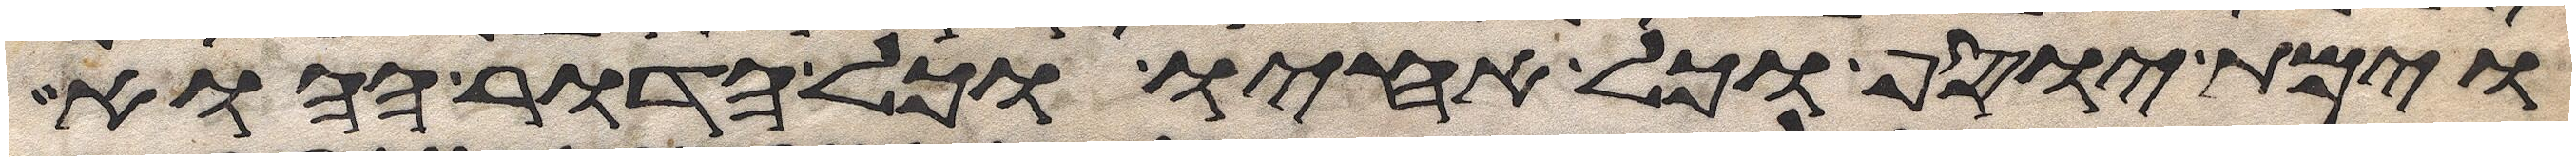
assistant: וימת יוסף וכל אחיו וכל הדור ההוא